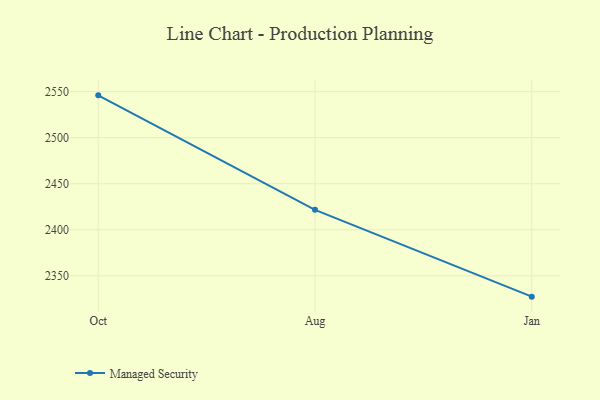
{"axis": {"x": "Month", "y": "Revenue (USD Million)"}, "legend": ["Managed Security"], "data": [{"x": "Oct", "y": 2546.0, "type": "Managed Security"}, {"x": "Aug", "y": 2421.7, "type": "Managed Security"}, {"x": "Jan", "y": 2327.4, "type": "Managed Security"}]}